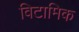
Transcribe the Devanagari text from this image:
विटामिक